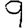
Digit: 9